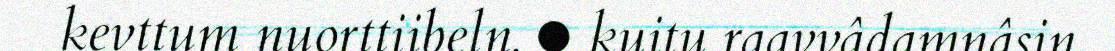
kevttum nuorttiibeln. ● kuitu raavvâdamnâsin